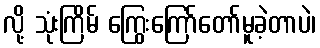
လို့ သုံးကြိမ် ကြွေးကြော်တော်မူခဲ့တာပဲ၊